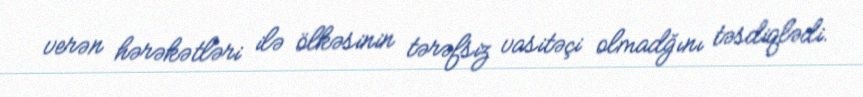
verən hərəkətləri ilə ölkəsinin tərəfsiz vasitəçi olmadğını təsdiqlədi.